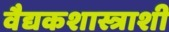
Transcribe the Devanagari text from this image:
वैद्यकशास्त्राशी